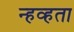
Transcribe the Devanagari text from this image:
न्हव्हता